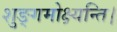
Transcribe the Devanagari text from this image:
शुङ्गमोक्ष्यन्ति।